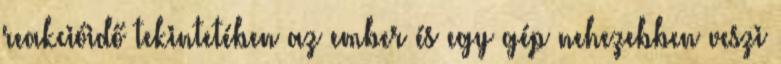
reakcióidő tekintetében az ember és egy gép nehezebben veszi